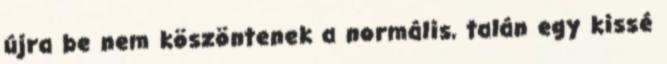
újra be nem köszöntenek a normális, talán egy kissé